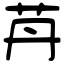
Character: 䒟